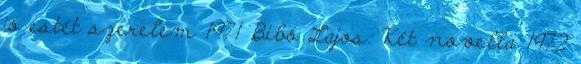
jó estét szerelem 1971 Bibó Lajos: Két novella 1972